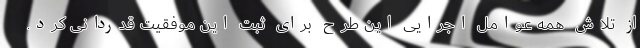
از تلاش همه عوامل اجرایی این طرح برای ثبت این موفقیت قدردانی کرد.